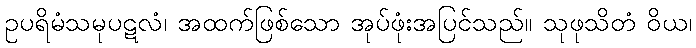
ဥပရိမံသမုပဋလံ၊ အထက်ဖြစ်သော အုပ်ဖုံးအပြင်သည်။ သုဖုသိတံ ဝိယ၊